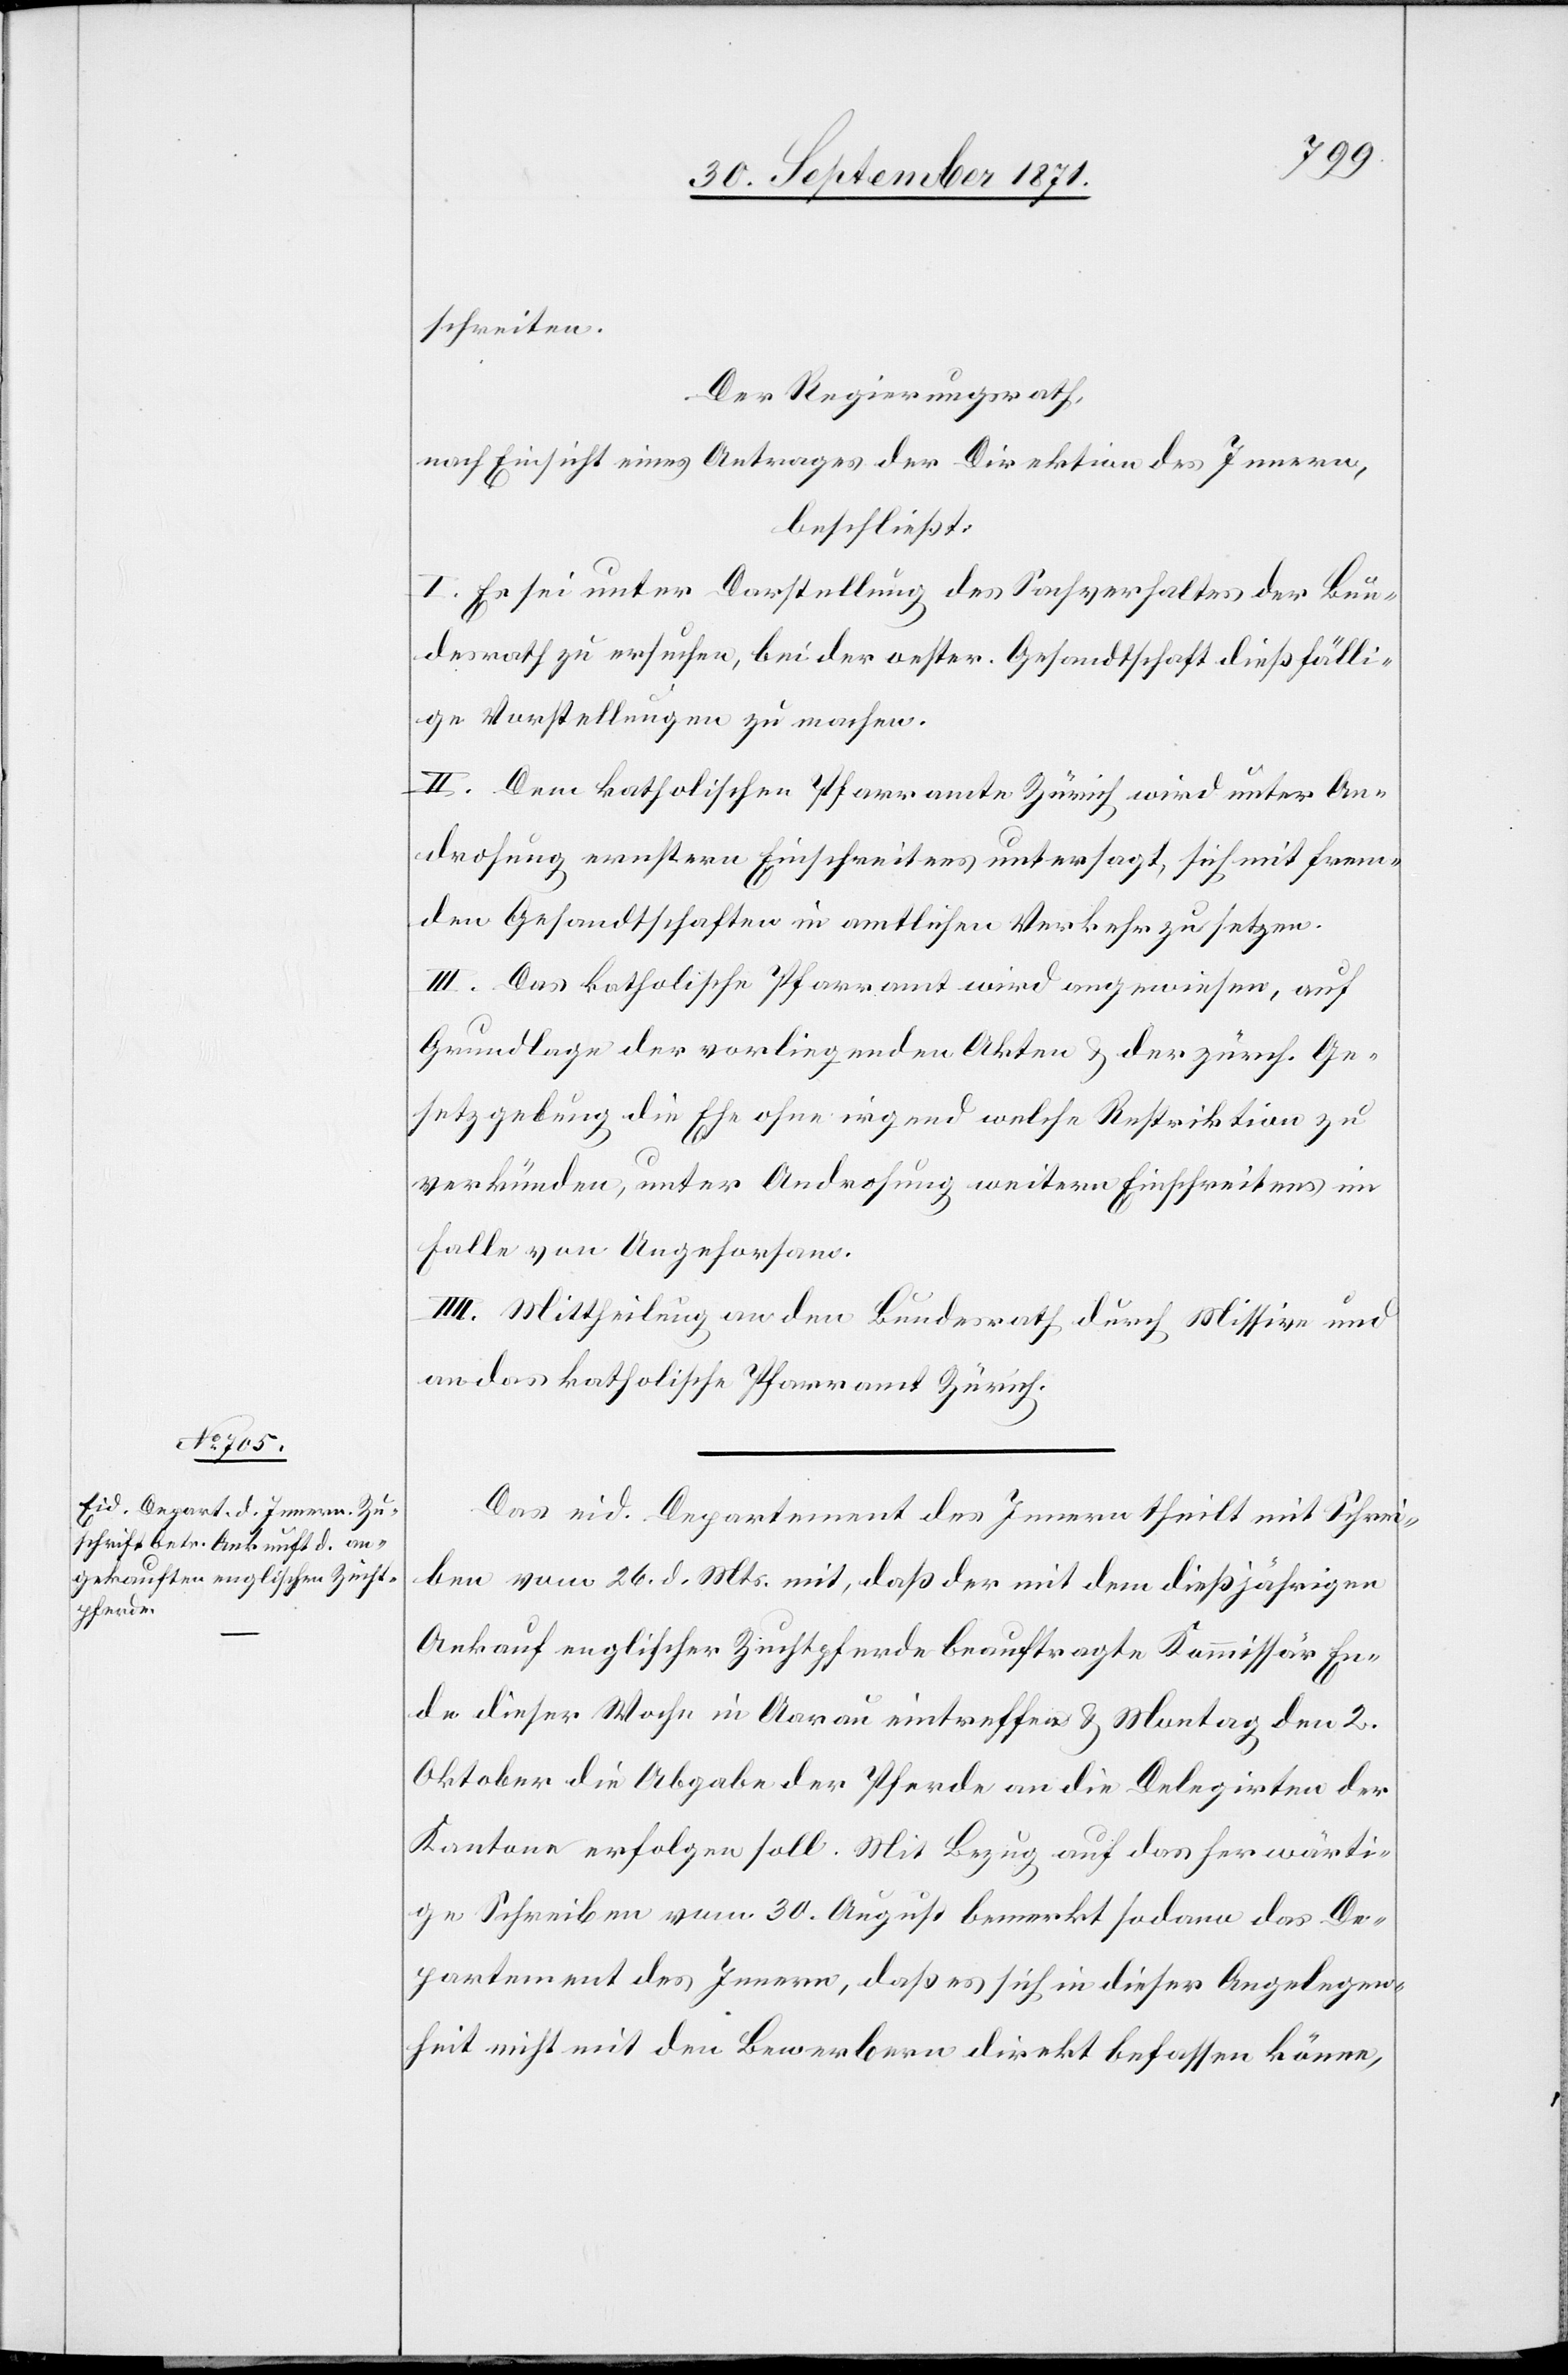
schreiten.
Der Regierungsrath,
nach Einsicht eines Antrages der Direktion des Innern,
beschließt:
I. Es sei unter Darstellung des Sachverhaltes der Bun¬
desrath zu ersuchen, bei der oester. Gesandtschaft dießfälli¬
ge Vorstellungen zu machen.
II. Dem katholischen Pfarramte Zürich wird unter An¬
drohung ernstern Einschreitens untersagt, sich mit frem¬
den Gesandtschaften in amtlichen Verkehr zu setzen.
III. Das katholische Pfarramt wird angewiesen, auf
Grundlage der vorliegenden Akten & der zürch. Ge¬
setzgebung die Ehe ohne irgend welche Restriktion zu
verkünden, unter Androhung weiteren Einschreitens im
Falle von Ungehorsam.
IV.] Mittheilung an den Bundesrath durch Missive und
an das katholische Pfarramt Zürich.
Das eid. Departement des Innern theilt mit Schrei¬
ben vom 26. d. Mts. mit, daß der mit dem dießjährigen
Ankauf englischer Zuchtpferde beauftragte Kommissär En¬
de dieser Woche in Aarau eintreffen & Montag den 2.
Oktober die Abgabe der Pferde an die Delegirten der
Kantone erfolgen soll. Mit Bezug auf das herwärti¬
ge Schreiben vom 30. August bemerkt sodann das De¬
partement des Innern, daß es sich in dieser Angelegen¬
heit nicht mit den Bewerbern direkt befassen könne,